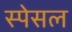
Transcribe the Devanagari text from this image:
स्पेसल